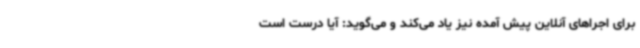
برای اجراهای آنلاین پیش آمده نیز یاد می‌کند و می‌گوید: آیا درست است